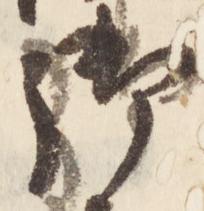
御